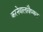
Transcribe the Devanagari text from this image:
करनेवालावैष्णव